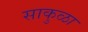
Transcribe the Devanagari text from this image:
साकुळा